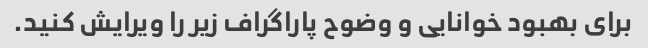
برای بهبود خوانایی و وضوح پاراگراف زیر را ویرایش کنید.